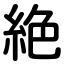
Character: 絶